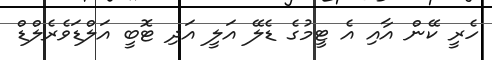
ހެރީ ކޭން އާއި އެ ޓީމުގެ ޑެލޭ އަލީ އަދި ޓޮބީ އަލްޑަވެރެލްޑް